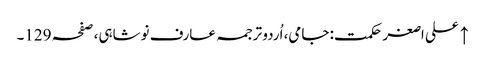
↑ علی اصغر حکمت: جامی، اُردو ترجمہ عارف نوشاہی، صفحہ 129۔